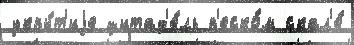
укры́т'иjе цитад'е́ль п'еско́м скал'е́